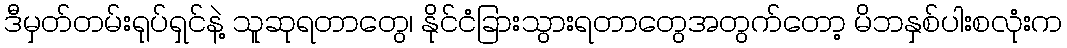
ဒီမှတ်တမ်းရုပ်ရှင်နဲ့ သူဆုရတာတွေ၊ နိုင်ငံခြားသွားရတာတွေအတွက်တော့ မိဘနှစ်ပါးစလုံးက